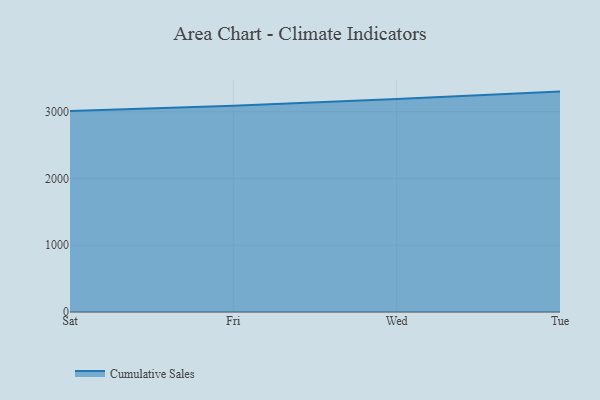
{"axis": {"x": "Day", "y": "Shipments"}, "legend": ["Cumulative Sales"], "data": [{"x": "Sat", "y": 3010.8, "type": "Cumulative Sales"}, {"x": "Fri", "y": 3087.5, "type": "Cumulative Sales"}, {"x": "Wed", "y": 3188.4, "type": "Cumulative Sales"}, {"x": "Tue", "y": 3300.7, "type": "Cumulative Sales"}]}